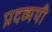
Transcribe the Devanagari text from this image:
प्रदव्ययी